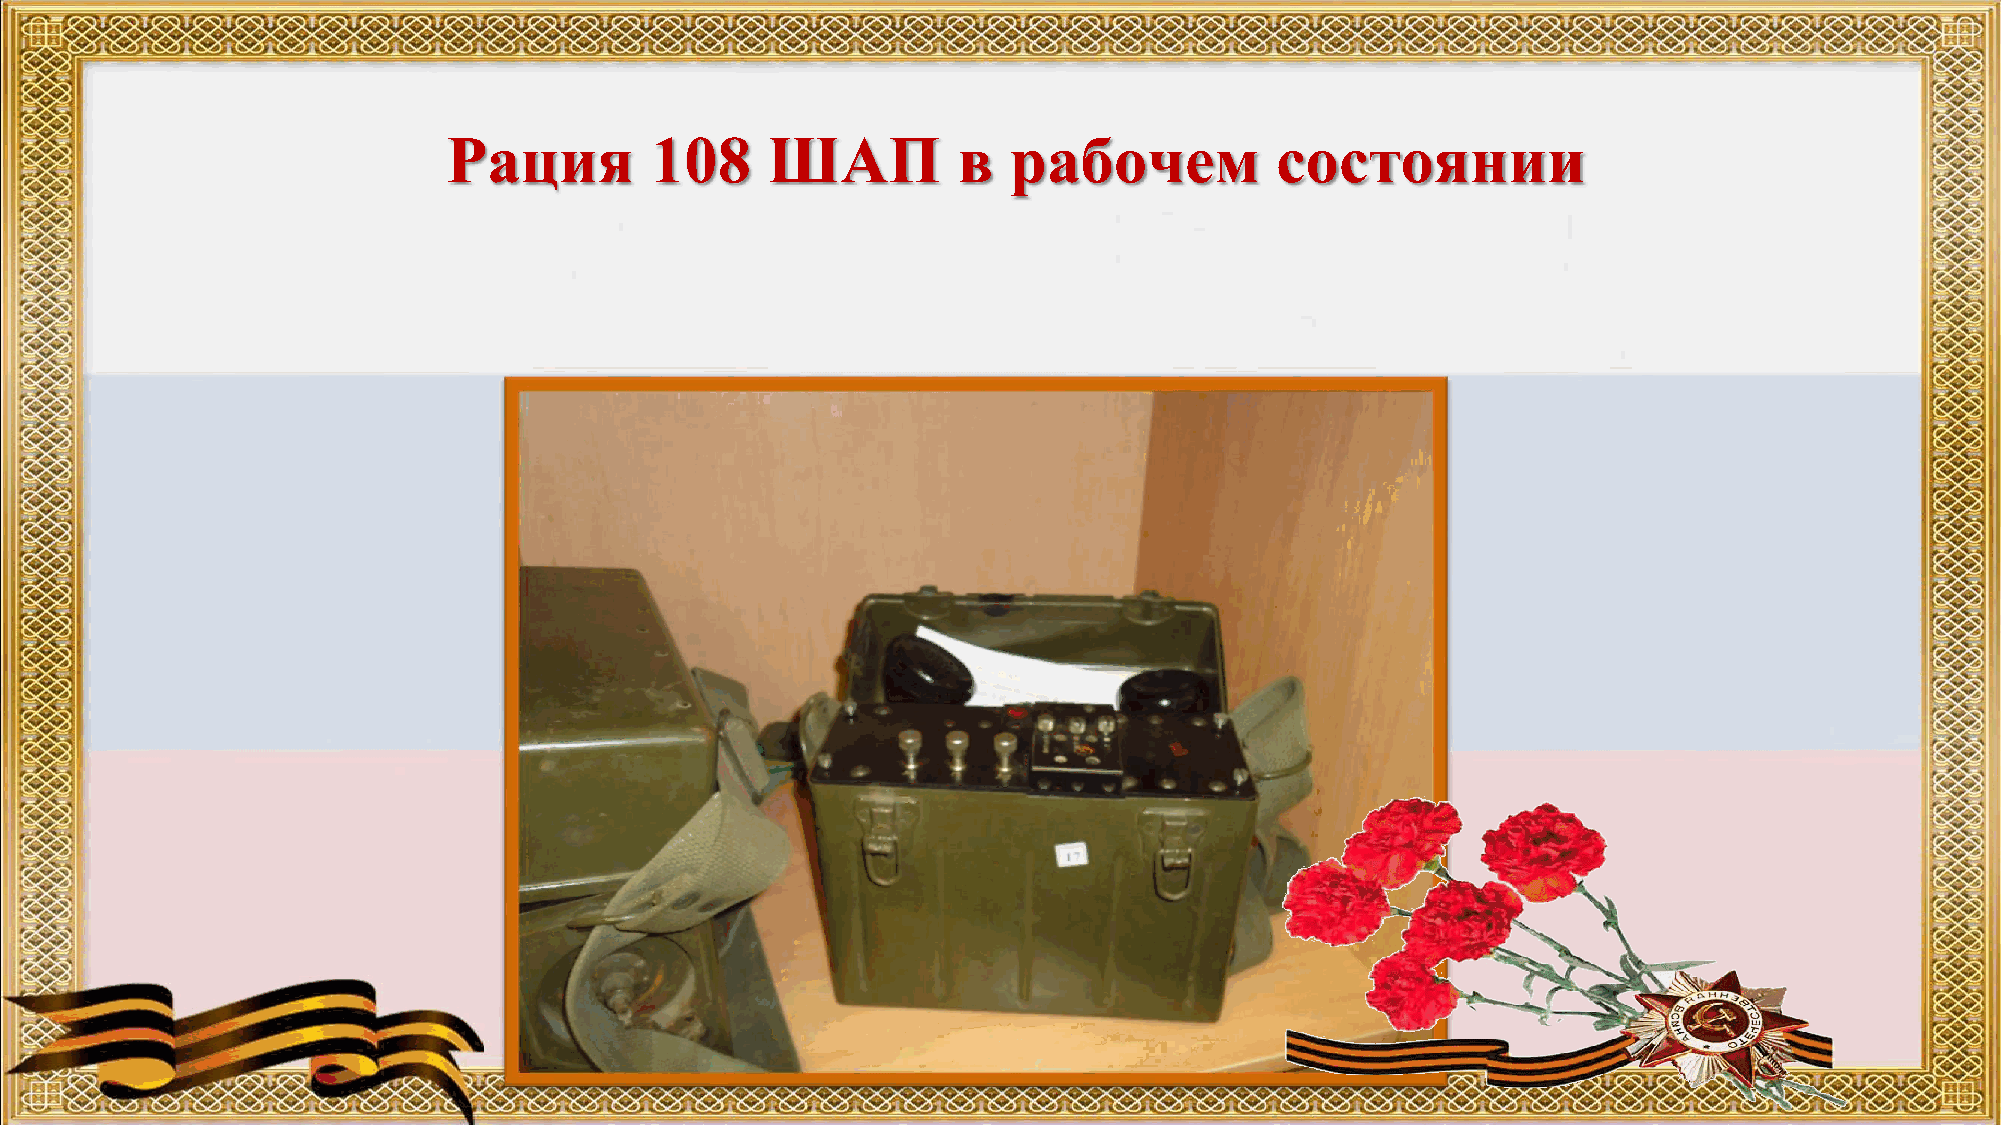
Рация        108     ШАП         в   рабочем          состоянии